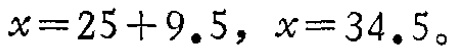
\(x = 25 + 9.5, \ x = 34.5。\)